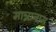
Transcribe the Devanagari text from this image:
मान्नानाम